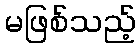
မဖြစ်သည့်